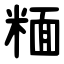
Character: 糆